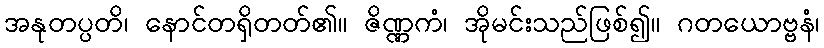
အနုတပ္ပတိ၊ နောင်တရှိတတ်၏။ ဇိဏ္ဏကံ၊ အိုမင်းသည်ဖြစ်၍။ ဂတယောဗ္ဗနံ၊